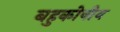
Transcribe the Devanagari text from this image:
बहुकोषीय